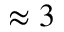
\approx 3